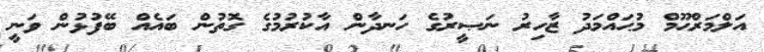
އަލްމަރްޙޫމް މުޙައްމަދު ޒާހިރު ނަޞީރުގެ ހަނދާން އާކުރުމުގެ ގޮތުން ބައެއް ބޭފުޅުން ވަނީ